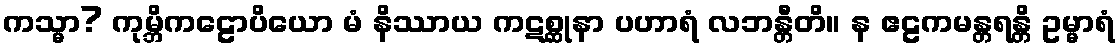
ကသ္မာ? ကုမ္ဘိကဠောပိယော မံ နိဿာယ ကဋစ္ဆုနာ ပဟာရံ လဘန္တီတိ။ န ဧဠကမန္တရန္တိ ဥမ္မာရံ